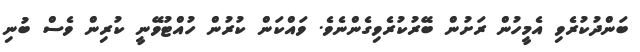
ބަންދުކުރެވި އެމީހުން ރަށުން ބޭރުކުރެވިގެންނެވެ. ވައްކަން ކުރުން ހުއްޓުވޭނީ ކުރިން ވެސް ބުނި